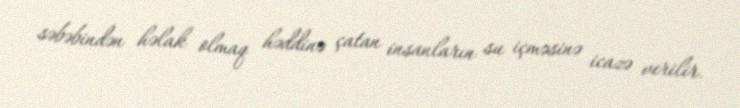
səbəbindən həlak olmaq həddinə çatan insanların su içməsinə icazə verilir.